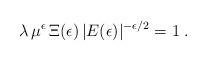
LaTeX: \begin{align*}\lambda \, \mu^{\epsilon} \,\Xi (\epsilon)\, | E (\epsilon) |^{-\epsilon/2} = 1 \; .\end{align*}